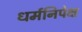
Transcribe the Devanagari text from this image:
धर्मनिपेक्ष